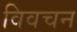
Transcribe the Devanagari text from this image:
विवचन